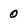
Character: 0